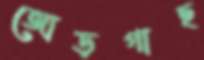
জোড়গাছ